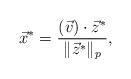
LaTeX: \begin{align*}\vec x^* = \frac{(\vec v) \cdot \vec z^*}{\|\vec z^*\|_p},\end{align*}